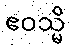
ဧဝသ္မိ